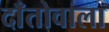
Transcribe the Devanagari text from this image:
दाँतोवाला